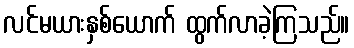
လင်မယားနှစ်ယောက် ထွက်လာခဲ့ကြသည်။